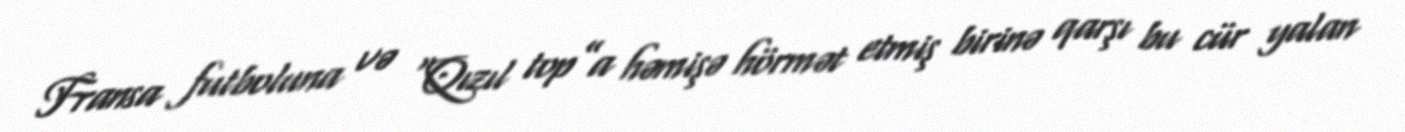
Fransa futboluna və “Qızıl top”a həmişə hörmət etmiş birinə qarşı bu cür yalan